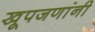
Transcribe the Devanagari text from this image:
खूपजणांनी